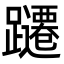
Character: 躚